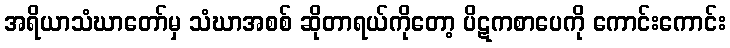
အရိယာသံဃာတော်မှ သံဃာအစစ် ဆိုတာရယ်ကိုတော့ ပိဋကစာပေကို ကောင်းကောင်း